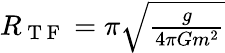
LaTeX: \begin{array}{r}{R_{\mathrm{~T~F~}}=\pi\sqrt{\frac{g}{4\pi Gm^{2}}}}\end{array}